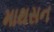
માથસન